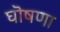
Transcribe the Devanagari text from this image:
घॊषणा